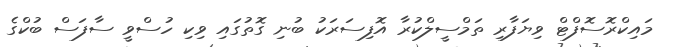
މައިކްރޮސޮފްޓް ވިޔަފާރި ތަމްސީލްކުރާ އޮފިސަރަކު ބުނި ގޮތުގައި ވިކި ހުސްވީ ސާފަސް ބުކްގެ